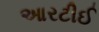
આરટીઈ